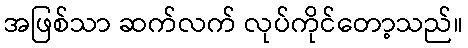
အဖြစ်သာ ဆက်လက် လုပ်ကိုင်တော့သည်။